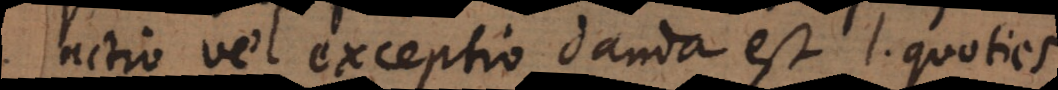
actio vel exceptio danda est l. quoties